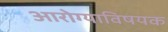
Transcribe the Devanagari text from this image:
आरोग्याविषयक